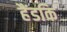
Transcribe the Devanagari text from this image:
हैंडकि